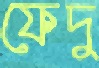
ফেদু